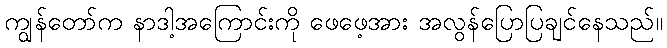
ကျွန်တော်က နာဒါ့အကြောင်းကို ဖေဖေ့အား အလွန်ပြောပြချင်နေသည်။